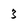
Character: 3